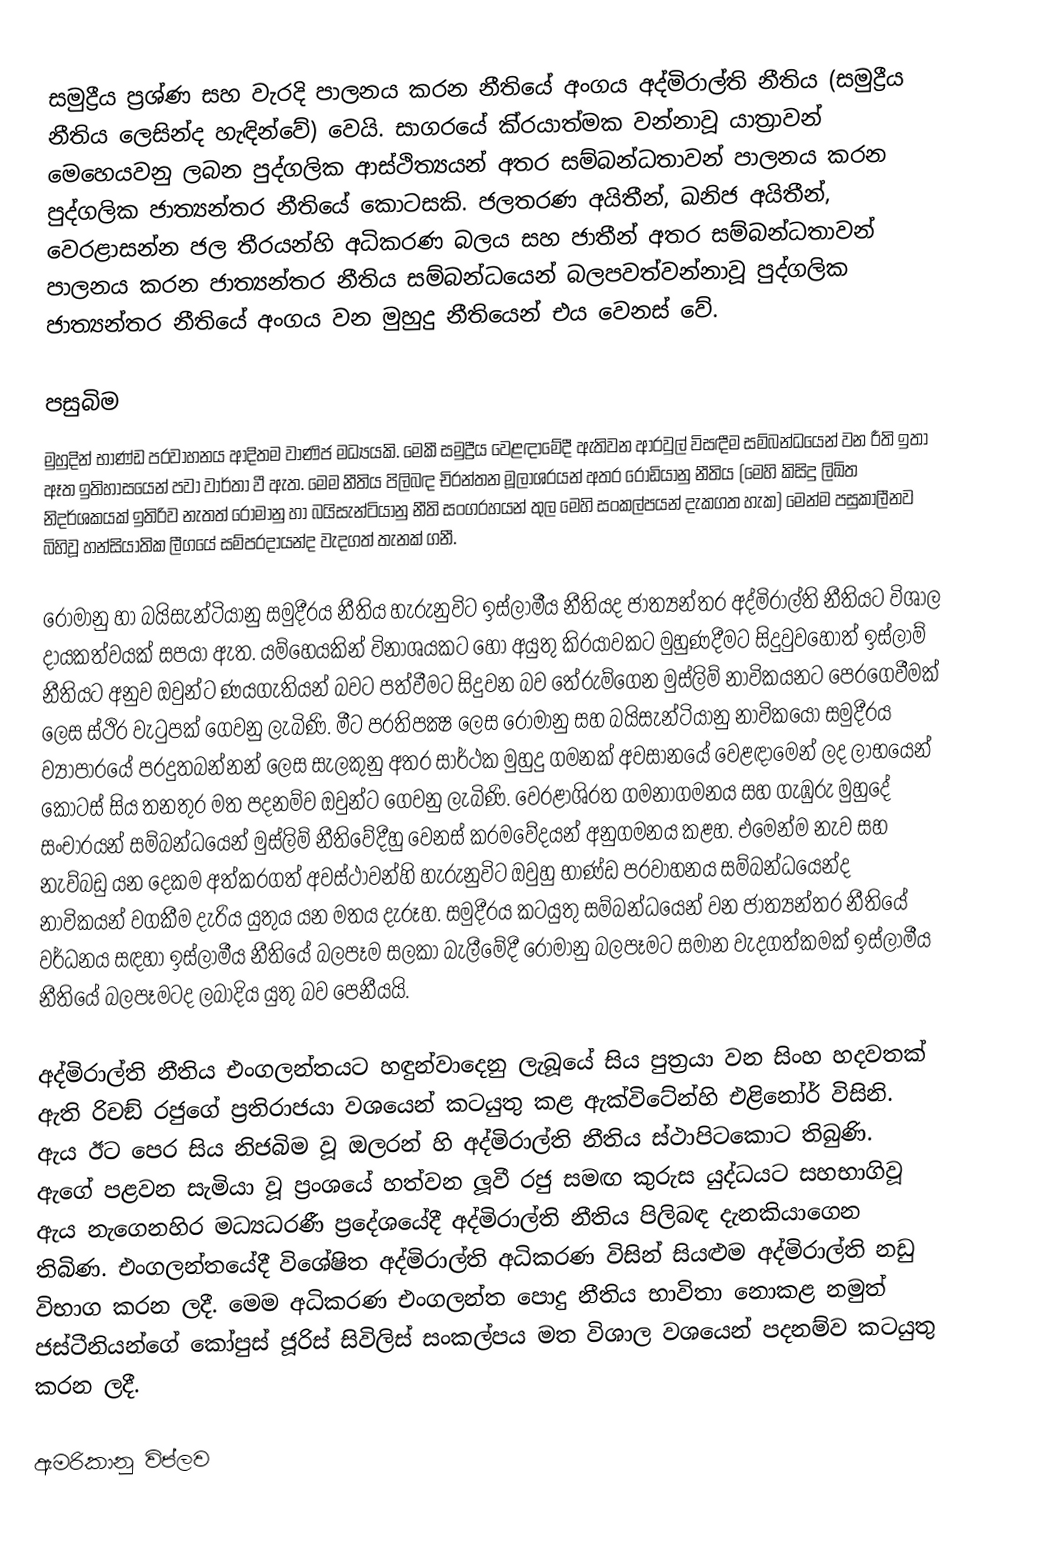
සමුද්‍රීය ප‍්‍රශ්ණ සහ වැරදි පාලනය කරන නීතියේ අංගය අද්මිරාල්ති නීතිය (සමුද්‍රීය නීතිය ලෙසින්ද හැඳින්වේ) වෙයි. සාගරයේ කි‍්‍රයාත්මක වන්නාවූ යාත‍්‍රාවන් මෙහෙයවනු ලබන පුද්ගලික ආස්ථිත්‍යයන් අතර සම්බන්ධතාවන් පාලනය කරන පුද්ගලික ජාත්‍යන්තර නීතියේ කොටසකි. ජලතරණ අයිතීන්, ඛනිජ අයිතීන්, වෙරළාසන්න ජල තීරයන්හි අධිකරණ බලය සහ ජාතීන් අතර සම්බන්ධතාවන් පාලනය කරන ජාත්‍යන්තර නීතිය සම්බන්ධයෙන් බලපවත්වන්නාවූ පුද්ගලික ජාත්‍යන්තර නීතියේ අංගය වන මුහුදු නීතියෙන් එය වෙනස් වේ.

පසුබිම
මුහුදින් භාණ්ඩ ප‍්‍රවාහනය ආදිතම වාණිජ මධ්‍යයකි. මෙකී සමුද්‍රීය වෙළඳාමේදී ඇතිවන ආරවුල් විසඳීම සම්බන්ධයෙන් වන රීති ඉතා ඈත ඉතිහාසයෙන් පවා වාර්තා වී ඇත. මෙම නීතිය පිලිබඳ චිරන්තන මූලාශ‍්‍රයන් අතර රෝඩියානු නීතිය (මෙහි කිසිදු ලිඛිත නිදර්ශකයක් ඉතිරිව නැතත් රෝමානු හා බයිසැන්ටියානු නීති සංග‍්‍රහයන් තුල මෙහි සංකල්පයන් දැකගත හැක) මෙන්ම පසුකාලීනව බිහිවූ හන්සියාතික ලීගයේ සම්ප‍්‍රදායන්ද වැදගත් තැනක් ගනී.

රෝමානු හා බයිසැන්ටියානු සමුදී‍්‍රය නීතිය හැරුනුවිට ඉස්ලාමීය නීතියද ජාත්‍යන්තර අද්මිරාල්ති නීතියට විශාල දායකත්වයක් සපයා ඇත. යම්හෙයකින් විනාශයකට හෝ අයුතු කි‍්‍රයාවකට මුහුණදීමට සිදුවුවහොත් ඉස්ලාම් නීතියට අනුව ඔවුන්ට ණයගැතියන් බවට පත්වීමට සිදුවන බව තේරුම්ගෙන  මුස්ලිම් නාවිකයනට පෙරගෙවීමක් ලෙස ස්ථිර වැටුපක් ගෙවනු ලැබිණි. මීට ප‍්‍රතිපක්‍ෂ ලෙස රෝමානු සහ බයිසැන්ටියානු නාවිකයෝ සමුදී‍්‍රය ව්‍යාපාරයේ පරදුතබන්නන් ලෙස සැලකුනු අතර සාර්ථක මුහුදු ගමනක් අවසානයේ වෙළඳාමෙන් ලද ලාභයෙන් කොටස් සිය තනතුර මත පදනම්ව ඔවුන්ට ගෙවනු ලැබිණි. වෙරළාශි‍්‍රත ගමනාගමනය සහ ගැඹුරු මුහුදේ සංචාරයන් සම්බන්ධයෙන් මුස්ලිම් නීතිවේදීහු වෙනස් ක‍්‍රමවේදයන් අනුගමනය කළහ. එමෙන්ම නැව සහ නැව්බඩු යන දෙකම අත්කරගත් අවස්ථාවන්හි හැරුනුවිට ඔවුහු භාණ්ඩ ප‍්‍රවාහනය සම්බන්ධයෙන්ද නාවිකයන් වගකීම දැරිය යුතුය යන මතය දැරූහ. සමුදී‍්‍රය කටයුතු සම්බන්ධයෙන් වන ජාත්‍යන්තර නීතියේ වර්ධනය සඳහා ඉස්ලාමීය නීතියේ බලපෑම සලකා බැලීමේදී රෝමානු බලපෑමට සමාන වැදගත්කමක් ඉස්ලාමීය නීතියේ බලපෑමටද ලබාදිය යුතු බව පෙනීයයි.

අද්මිරාල්ති නීතිය එංගලන්තයට හඳුන්වාදෙනු ලැබූයේ සිය පුත‍්‍රයා වන සිංහ හදවතක් ඇති රිචඞ් රජුගේ ප‍්‍රතිරාජයා වශයෙන් කටයුතු කළ ඇක්විටේන්හි එළිනෝර් විසිනි. ඇය ඊට පෙර සිය නිජබිම වූ ඔලරන් හි අද්මිරාල්ති නීතිය ස්ථාපිටකොට තිබුණි. ඇගේ පළවන සැමියා වූ ප‍්‍රංශයේ හත්වන ලූවී රජු සමඟ කුරුස යුද්ධයට සහභාගිවූ ඇය නැගෙනහිර මධ්‍යධරණී ප‍්‍රදේශයේදී අද්මිරාල්ති නීතිය පිලිබඳ දැනකියාගෙන තිබිණ. එංගලන්තයේදී විශේෂිත අද්මිරාල්ති අධිකරණ විසින් සියළුම අද්මිරාල්ති නඩු විභාග කරන ලදී. මෙම අධිකරණ එංගලන්ත පොදු නීතිය භාවිතා නොකළ නමුත් ජස්ටීනියන්ගේ කෝපුස් ජූරිස් සිවිලිස් සංකල්පය මත විශාල වශයෙන් පදනම්ව කටයුතු කරන ලදී.

ඇමරිකානු විප්ලව